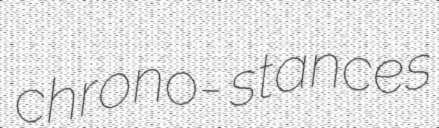
chrono- stances